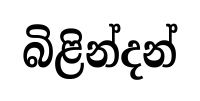
බිළින්දන්